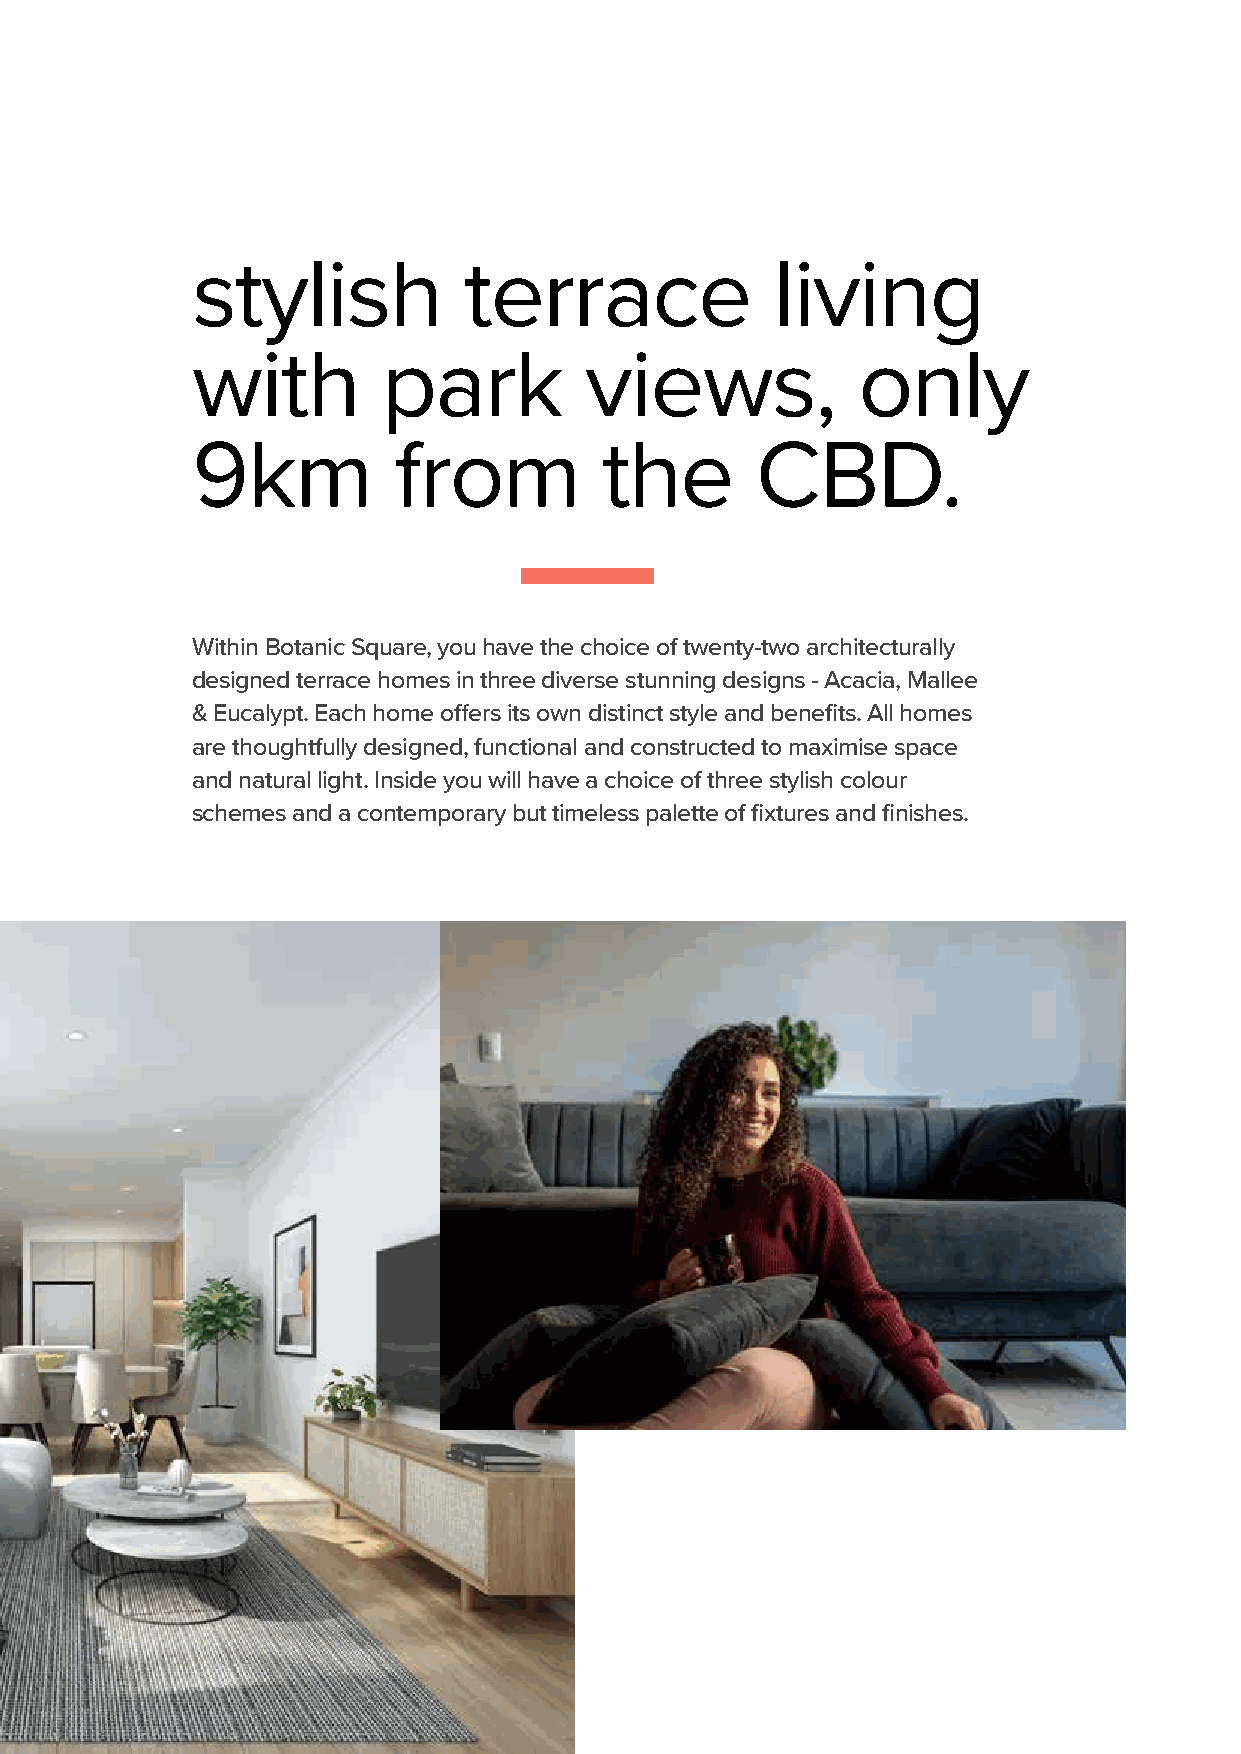
stylish           terrace             living
 with        park          views,            only
 9km          from          the       CBD.
 Within Botanic Square, you have the choice of twenty-two architecturally
 designed terrace homes in three diverse stunning designs - Acacia, Mallee
 & Eucalypt. Each home offers its own distinct style and benefits. All homes
 are thoughtfully designed, functional and constructed to maximise space
 and natural light. Inside you will have a choice of three stylish colour
 schemes and a contemporary but timeless palette of fixtures and finishes.